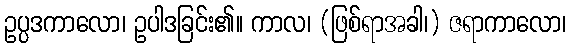
ဥပ္ပဒကာလော၊ ဥပါဒခြင်း၏။ ကာလ၊ (ဖြစ်ရာအခါ၊) ဇရာကာလော၊